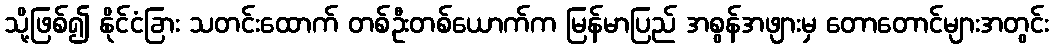
သို့ဖြစ်၍ နိုင်ငံခြား သတင်းထောက် တစ်ဦးတစ်ယောက်က မြန်မာပြည် အစွန်အဖျားမှ တောတောင်များအတွင်း